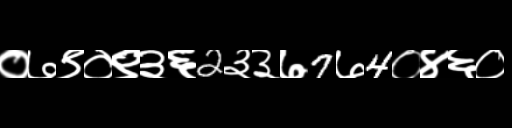
Text: ०७९०९३६2३३७7७4०४६०